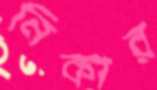
নিকার